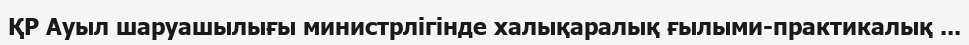
ҚР Ауыл шаруашылығы министрлігінде халықаралық ғылыми-практикалық ...